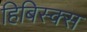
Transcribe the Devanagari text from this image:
हिबिस्क्‍स